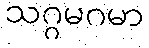
သဂ္ဂမဂမာ